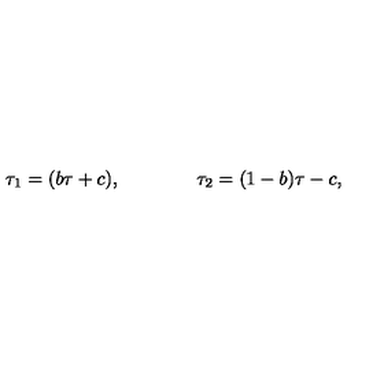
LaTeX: \tau _ { 1 } = ( b \tau + c ) , \qquad \qquad \tau _ { 2 } = ( 1 - b ) \tau - c ,